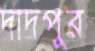
দাদপুর